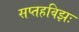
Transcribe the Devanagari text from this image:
सप्तहविझः